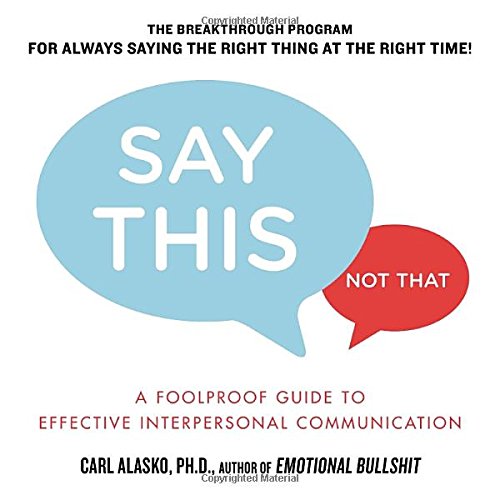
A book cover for Say This, Not That: A Foolproof Guide to Effective Interpersonal Communication; Carl Alasko Ph. D.; Self-Help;